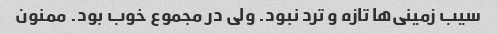
سیب زمینی‌ها تازه و ترد نبود. ولی در مجموع خوب بود‌. ممنون